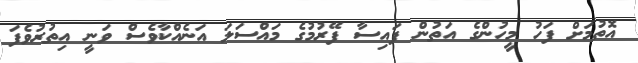
އޮތުމަށް ފަހު މީހުންގެ އަތުން ފައިސާ ފޭރުމުގެ މައްސަލަ އަނެއްކާވެސް ވަނީ އިތުރުވެފަ